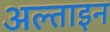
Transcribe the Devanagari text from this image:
अल्ताइन